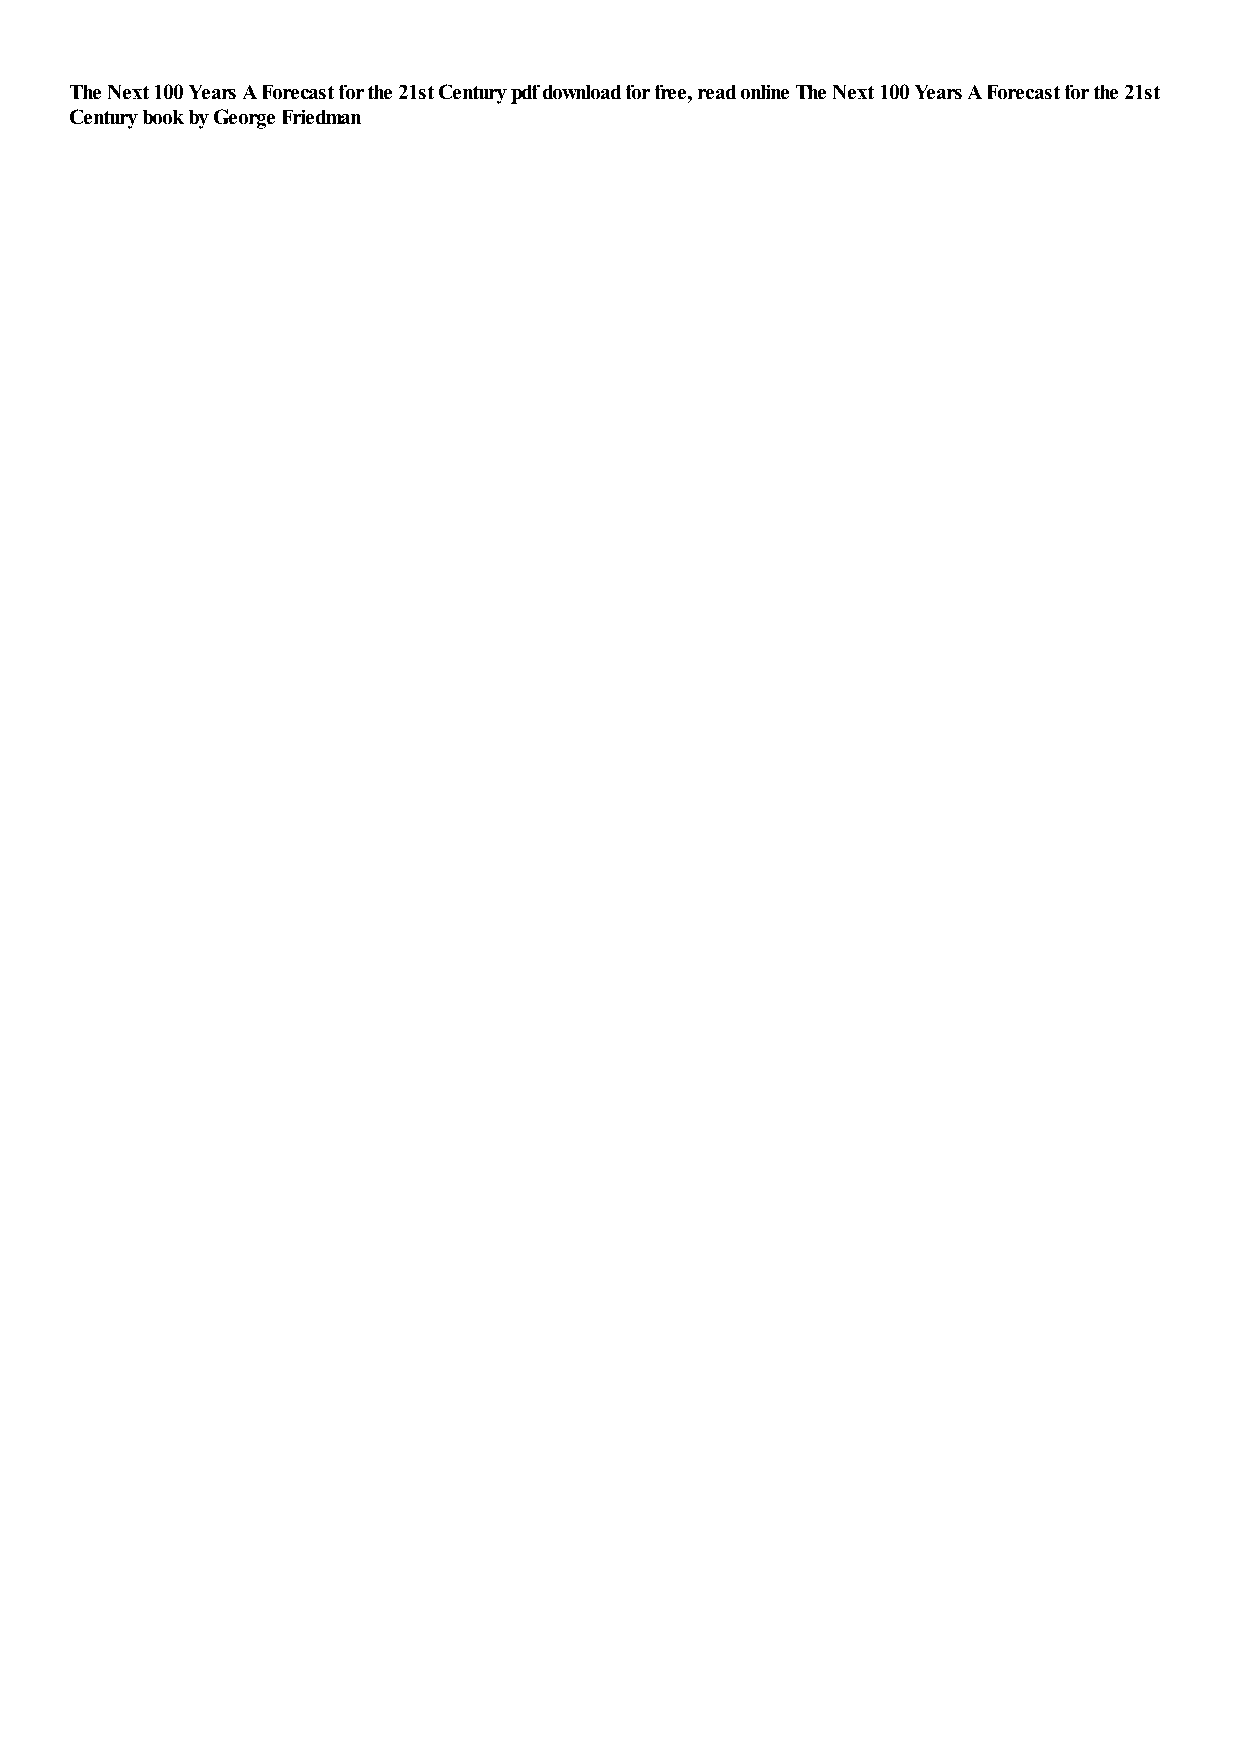
The Next 100 Years A Forecast for the 21st Century pdf download for free, read online The Next 100 Years A Forecast for the 21st
 Century book by George Friedman